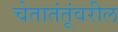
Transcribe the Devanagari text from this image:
चेतातंतूंवरील